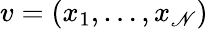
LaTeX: v=(x_{1},\ldots,x_{\mathscr{N}})